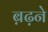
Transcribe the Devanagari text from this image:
ब़ढ़ने